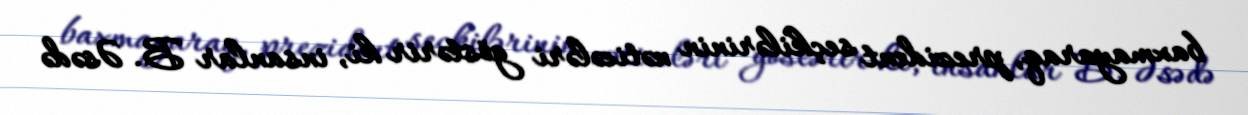
baxmayaraq, prezident seçkilərinin nəticələri göstərir ki, insanlar B. Əsədə